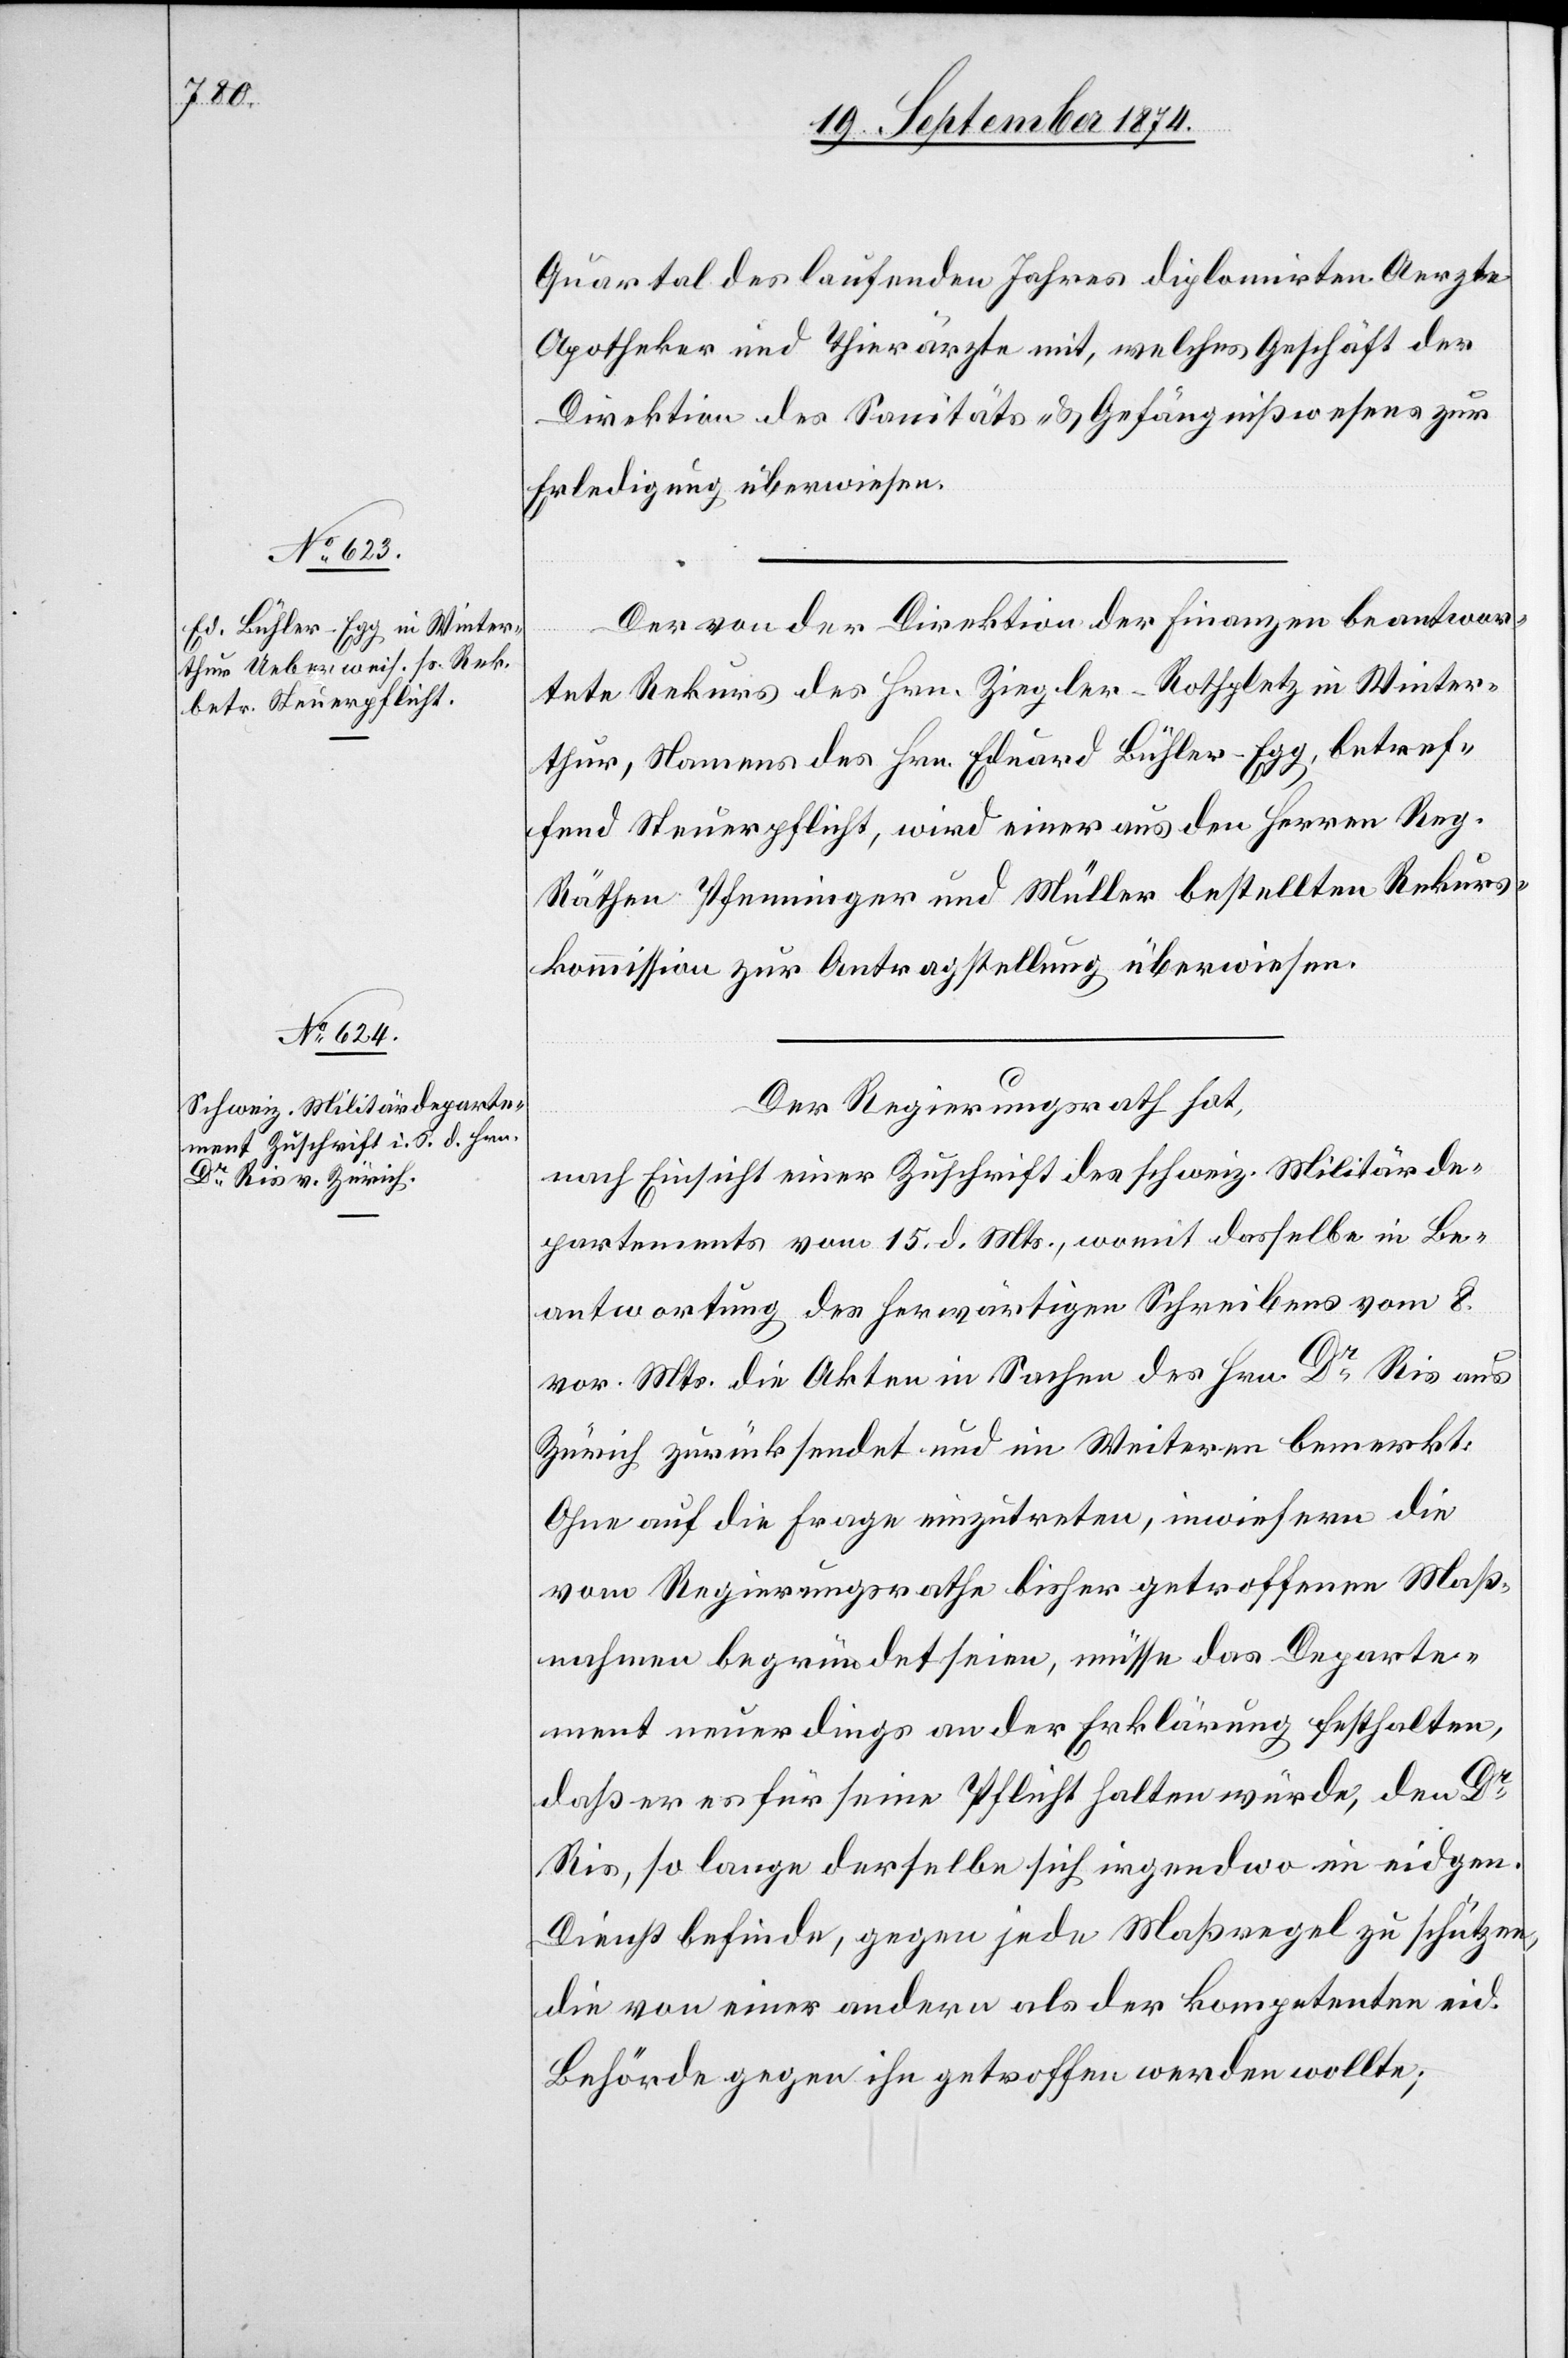
Quartal des laufenden Jahres diplomirten Aerzte[,]
Apotheker und Thierärzte mit, welches Geschäft der
Direktion des Sanitäts- & Gefängnißwesens zur
Erledigung überwiesen.
Der von der Direktion der Finanzen beantwor¬
tete Rekurs des Hrn. Ziegler-Rothpletz in Winter¬
thur, Namens des Hrn. Eduard Bühler-Egg, betref¬
fend Steuerpflicht, wird einer aus den Herren Reg.
Räthen Pfenninger und Müller bestellten Rekurs¬
kommission zur Antragstellung überwiesen.
Der Regierungsrath hat,
nach Einsicht einer Zuschrift des schweiz. Militärde¬
partements vom 15. d. Mts., womit dasselbe in Be¬
antwortung des herwärtigen Schreibens vom 8.
d. Mts. die Akten in Sachen des Hrn. Dr Ris aus
Zürich zurücksendet und im Weitern bemerkt:
Ohne auf die Frage einzutreten, inwiefern die
vom Regierungsrathe bisher getroffenen Maß¬
nahmen begründet seien, müsse das Departe¬
ment neuerdings an der Erklärung festhalten,
daß er es für seine Pflicht halten würde, den Dr
Ris, so lange derselbe sich irgendwo im eidgen.
Dienst befinde, gegen jede Maßregel zu schützen,
die von einer andern als der kompetenten eid.
Behörde gegen ihn getroffen werden wollte;